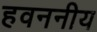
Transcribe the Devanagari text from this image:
हवननीय